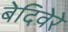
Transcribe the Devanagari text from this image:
बेदिवेरे